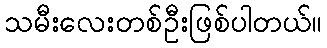
သမီးလေးတစ်ဦးဖြစ်ပါတယ်။